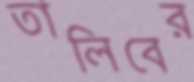
তালিবের